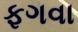
ફગવા